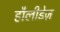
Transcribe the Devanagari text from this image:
हौलीडेज़